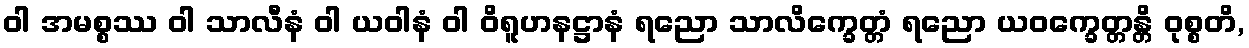
ဝါ အမစ္စဿ ဝါ သာလီနံ ဝါ ယဝါနံ ဝါ ဝိရူဟနဋ္ဌာနံ ရညော သာလိက္ခေတ္တံ ရညော ယဝက္ခေတ္တန္တိ ဝုစ္စတိ,